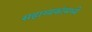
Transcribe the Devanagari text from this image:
सहाय्यकांमध्ये